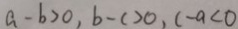
a - b > 0 , b - c > 0 , c - a < 0